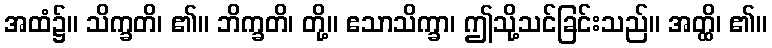
အထံ၌။ သိက္ခတိ၊ ၏။ ဘိက္ခတိ၊ တို့။ ဧသာသိက္ခာ၊ ဤသို့သင်ခြင်းသည်။ အတ္ထိ၊ ၏။